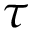
\tau